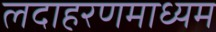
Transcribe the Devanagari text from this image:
लदाहरणमाध्यम